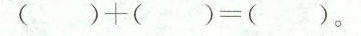
$$( ) + ( ) = ( )$$。